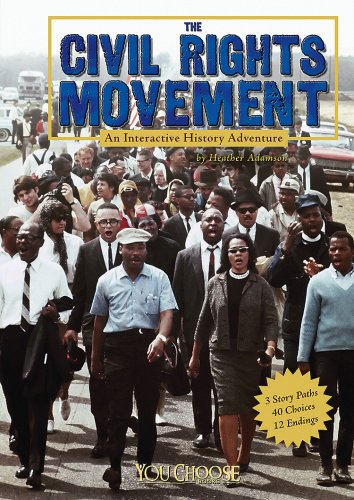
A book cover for The Civil Rights Movement: An Interactive History Adventure (You Choose: History); Heather Adamson; Children's Books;